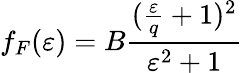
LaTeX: f_{F}(\varepsilon)=B\frac{(\frac{\varepsilon}{q}+1)^{2}}{\varepsilon^{2}+1}